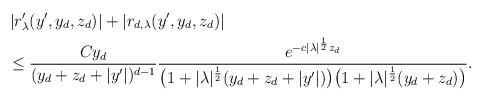
LaTeX: \begin{align*}& \left|r'_\lambda(y',y_d,z_d)\right|+\left|r_{d,\lambda}(y',y_d,z_d)\right|\\& \leq \frac{C y_d}{(y_d + z_d +|y'|)^{d-1}}\frac{e^{-c |\lambda|^{\frac 12}z_d}}{\big (1+|\lambda|^{\frac 12}(y_d+z_d + |y'|)\big ) \big (1+|\lambda|^{\frac 12}(y_d+z_d)\big ) }.\end{align*}